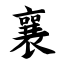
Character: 襄